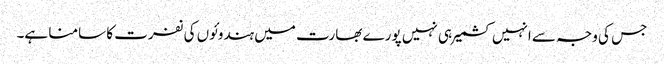
جس کی وجہ سے انہیں کشمیر ہی نہیں پورے بھارت میں ہندوئوں کی نفرت کا سامنا ہے۔